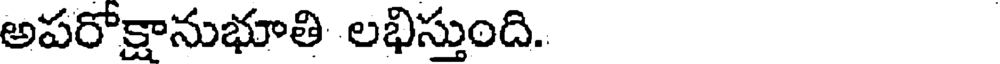
అపరోక్షానుభూతి లభిస్తుంది.